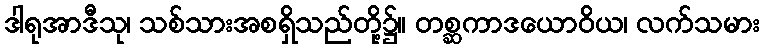
ဒါရုအာဒီသု၊ သစ်သားအစရှိသည်တို့၌။ တစ္ဆကာဒယောဝိယ၊ လက်သမား